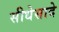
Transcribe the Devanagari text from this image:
सीधेसादे